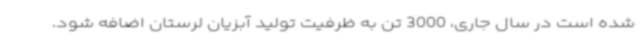
شده است در سال جاری، 3000 تن به ظرفیت تولید آبزیان لرستان اضافه شود.